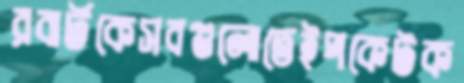
রবার্টকেসবগুলোতেইপকেটক